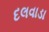
દલવાડા